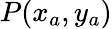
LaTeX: P(x_{a},y_{a})